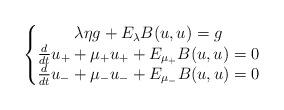
LaTeX: \begin{align*}\left \{\begin{matrix}\lambda \eta g+E_{\lambda}B(u,u)=g\\\frac{d}{dt}u_++\mu_+ u_++E_{\mu_+}B(u,u)=0\\\frac{d}{dt}u_-+\mu_-u_-+E_{\mu_-}B(u,u)=0\end{matrix} \right.\end{align*}